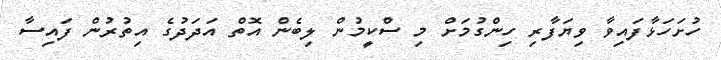
ހުށަހަޅާފައިވާ ވިޔަފާރި ހިންގުމަށް މި ސްކީމުން ލިބެން އޮތް އަދަދުގެ އިތުރުން ފައިސާ